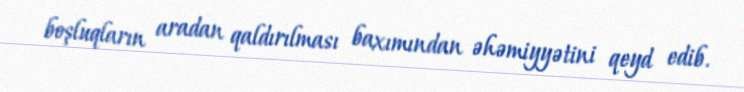
boşluqların aradan qaldırılması baxımından əhəmiyyətini qeyd edib.